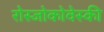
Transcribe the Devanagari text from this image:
रोस्‍जोकोवेस्‍की